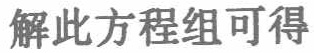
解此方程组可得